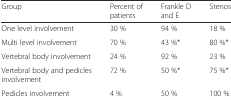
<table><thead><tr><td><b>Group</b></td><td><b>Percent of patients</b></td><td><b>Frankle D and E</b></td><td><b>Stenosis</b></td></tr></thead><tbody><tr><td>One level involvement</td><td>30 %</td><td>94 %</td><td>18 %</td></tr><tr><td>Multi level involvement</td><td>70 %</td><td>43 %*</td><td>80 %*</td></tr><tr><td>Vertebral body involvement</td><td>24 %</td><td>92 %</td><td>23 %</td></tr><tr><td>Vertebral body and pedicles involvement</td><td>72 %</td><td>50 %*</td><td>75 %*</td></tr><tr><td>Pedicles involvement</td><td>4 %</td><td>50 %</td><td>100 %</td></tr></tbody></table>